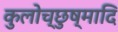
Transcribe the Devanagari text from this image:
कुलोच्छुष्मादि